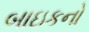
બાઇકનો